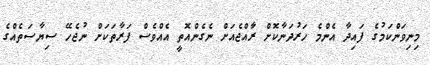
މިނިވަންކަމުގެ ފައިދާ އެންމެ ހަރުދަނާކޮށް ރަާއްޖެއަށް ނެގެންއޮތީ އެއްވެސް ފަރާތަކަށް ނުޖެހޭ ސިޔާސަތެއްގެ